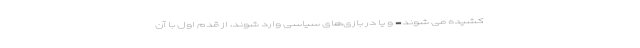
کشیده می شوند- و یا در بازی‌های سیاسی وارد شوند، از قدم اول با آن